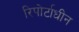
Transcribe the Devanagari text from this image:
रिपोर्टाधीन